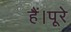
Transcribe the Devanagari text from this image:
हैं।पूरे